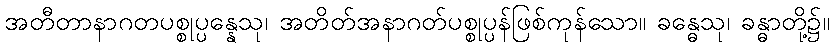
အတီတာနာဂတပစ္စုပ္ပန္နေသု၊ အတိတ်အနာဂတ်ပစ္စုပ္ပန်ဖြစ်ကုန်သော။ ခန္ဓေသု၊ ခန္ဓာတို့၌။